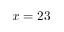
x = 2 3